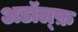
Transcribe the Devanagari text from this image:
अडॉल्फ़